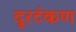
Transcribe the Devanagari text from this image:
दूरटंकण